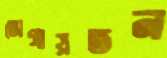
ভোগায়তন